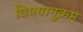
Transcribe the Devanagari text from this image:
विषयानुक्रम